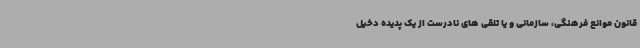
قانون موانع فرهنگی، سازمانی و یا تلقی های نادرست از یک پدیده دخیل